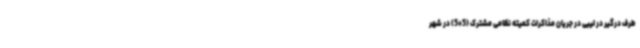
طرف درگیر در لیبی در جریان مذاکرات کمیته نظامی مشترک (5+5) در شهر